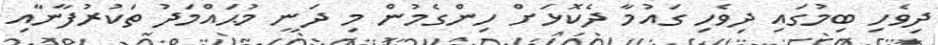
ދިވެހި ބިމުގައި ދިވެހި ގައުމާ ދެކޮޅަށް ހިންގެމުން މި ދަނީ މުޙައްމަދު ތަކުރުފާނާއި